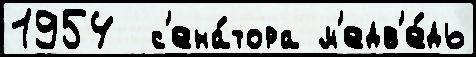
1954  с'ена́тора м'едв'е́дь